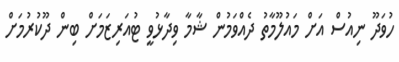
ހުވަދޫ ނިއުސް އަށް މައުލޫމާތު ދެއްވަމުން ޝާމާ ވިދާޅުވީ ޓުއަރިޒަމަށް ބިން ދޫކުރުމަށް